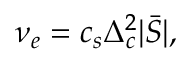
\nu _ { e } = c _ { s } \Delta _ { c } ^ { 2 } | \bar { S } | ,